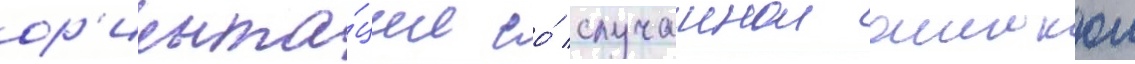
ор'иента́ции со́ случаинои ошибкои